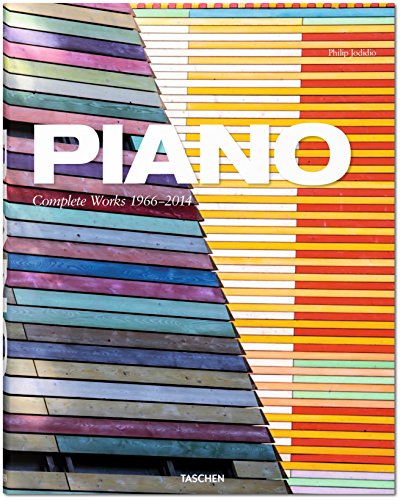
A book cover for Piano: Complete Works 1966-2014; Philip Jodidio; Arts & Photography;